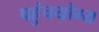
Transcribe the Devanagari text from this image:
पहुंचयोग्य